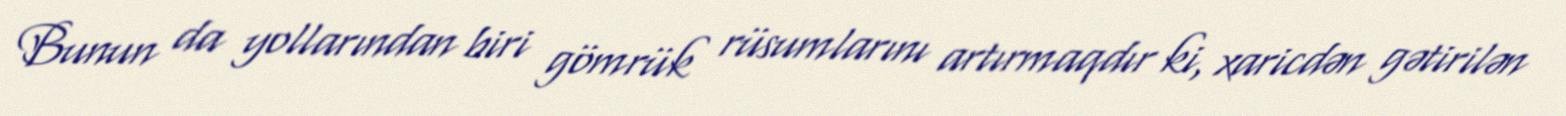
Bunun da yollarından biri gömrük rüsumlarını artırmaqdır ki, xaricdən gətirilən